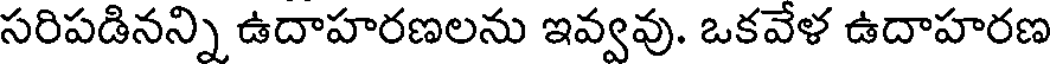
సరిపడినన్ని ఉదాహరణలను ఇవ్వవు. ఒకవేళ ఉదాహరణ